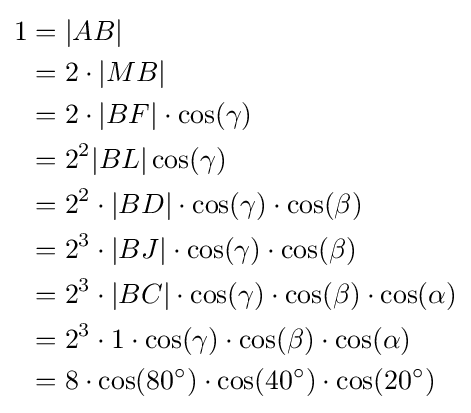
{\begin{aligned}1&=|AB|\\&=2\cdot |MB|\\&=2\cdot |BF|\cdot \cos(\gamma )\\&=2^{2}|BL|\cos(\gamma )\\&=2^{2}\cdot |BD|\cdot \cos(\gamma )\cdot \cos(\beta )\\&=2^{3}\cdot |BJ|\cdot \cos(\gamma )\cdot \cos(\beta )\\&=2^{3}\cdot |BC|\cdot \cos(\gamma )\cdot \cos(\beta )\cdot \cos(\alpha )\\&=2^{3}\cdot 1\cdot \cos(\gamma )\cdot \cos(\beta )\cdot \cos(\alpha )\\&=8\cdot \cos(80^{\circ })\cdot \cos(40^{\circ })\cdot \cos(20^{\circ })\end{aligned}}